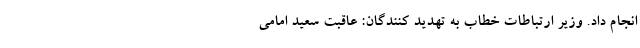
انجام داد‌. وزیر ارتباطات خطاب به تهدید کنندگان: عاقبت سعید امامی